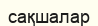
сақшалар